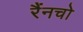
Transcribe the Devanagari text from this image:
रैंनचो